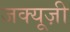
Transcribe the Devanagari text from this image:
जक्यूज़ी